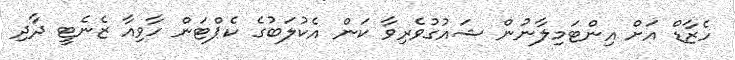
ހެޒާޑް އަށް އިންޓަމިލާނުން ޝައުގުވެރިވާ ކަން އެކުލަބުގެ ކެޕްޓަން ހާވިއާ ޒެނެޓީ ދާދި